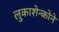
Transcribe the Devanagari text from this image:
लुकाशेन्कोने